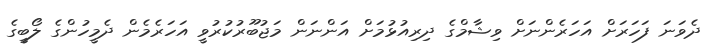
ދެވަނަ ފަހަރަށް އަހަރެންނަށް ވިޝާމްގެ ދިރިއުޅުމަށް އަންނަން މަޖުބޫރުކުރުވީ އަހަރެމެން ދެމީހުންގެ ލޯބީގެ